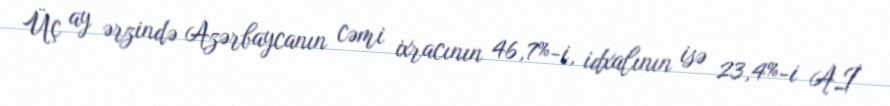
Üç ay ərzində Azərbaycanın cəmi ixracının 46,7%-i, idxalının isə 23,4%-i Aİ